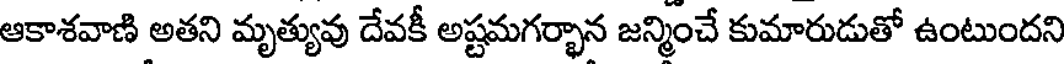
ఆకాశవాణి అతని మృత్యువు దేవకీ అష్టమగర్భాన జన్మించే కుమారుడుతో ఉంటుందని